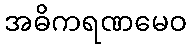
အဓိကရဏမေဝ